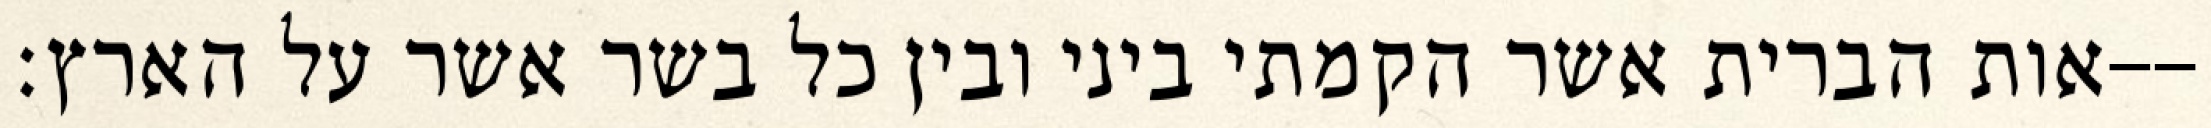
אות הברית אשר הקמתי ביני ובין כל בשר אשר על הארץ׃--